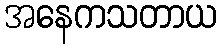
အနေကသတာယ